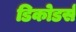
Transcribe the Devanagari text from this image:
डिकोडर्स